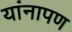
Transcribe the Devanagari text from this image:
यांनापण